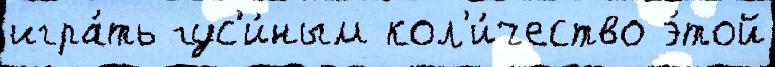
игра́ть гус'и́ным кол'и́чество э́той